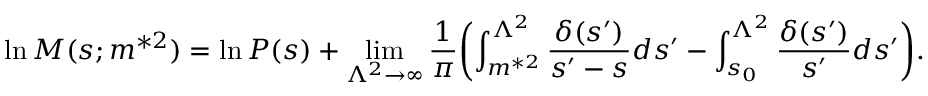
\ln M ( s ; m ^ { * 2 } ) = \ln P ( s ) + \operatorname * { l i m } _ { \Lambda ^ { 2 } \rightarrow \infty } \frac { 1 } { \pi } \biggl ( \int _ { m ^ { * 2 } } ^ { \Lambda ^ { 2 } } \frac { \delta ( s ^ { \prime } ) } { s ^ { \prime } - s } d s ^ { \prime } - \int _ { s _ { 0 } } ^ { \Lambda ^ { 2 } } \frac { \delta ( s ^ { \prime } ) } { s ^ { \prime } } d s ^ { \prime } \biggr ) .